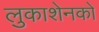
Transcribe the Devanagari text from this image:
लुकाशेनको